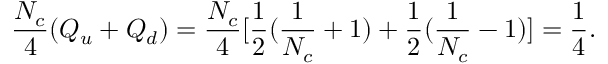
\frac { N _ { c } } { 4 } ( Q _ { u } + Q _ { d } ) = \frac { N _ { c } } { 4 } [ \frac { 1 } { 2 } ( \frac { 1 } { N _ { c } } + 1 ) + \frac { 1 } { 2 } ( \frac { 1 } { N _ { c } } - 1 ) ] = \frac { 1 } { 4 } .